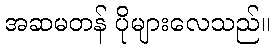
အဆမတန် ပိုများလေသည်။